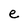
Character: e